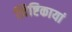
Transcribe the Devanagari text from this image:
त्विष्टिकायां